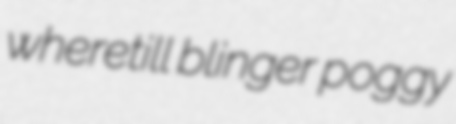
wheretill blinger poggy